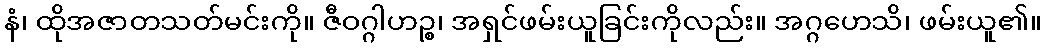
နံ၊ ထိုအဇာတသတ်မင်းကို။ ဇီဝဂ္ဂါဟဉ္စ၊ အရှင်ဖမ်းယူခြင်းကိုလည်း။ အဂ္ဂဟေသိ၊ ဖမ်းယူ၏။